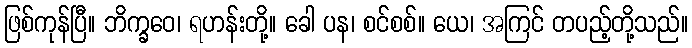
ဖြစ်ကုန်ပြီ။ ဘိက္ခဝေ၊ ရဟန်းတို့။ ခေါ ပန၊ စင်စစ်။ ယေ၊ အကြင် တပည့်တို့သည်။